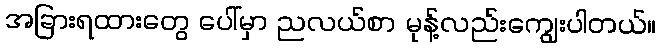
အခြားရထားတွေ ပေါ်မှာ ညလယ်စာ မုန့်လည်းကျွေးပါတယ်။